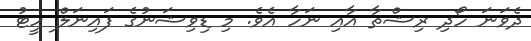
ދެވަނަ ހޯދި ރިޝްތާ އާއި ނަހާ އެވެ. މި ޑިވިޝަނުގެ ފައިނަލް ހީޓު